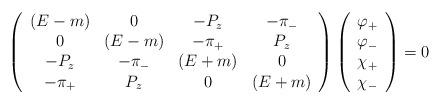
LaTeX: \begin{align*}\left( \begin{array}{cccc}(E-m) & 0 & -P_{z} & -\pi _{-} \\ 0 & (E-m) & -\pi _{+} & P_{z} \\ -P_{z} & -\pi _{-} & (E+m) & 0 \\ -\pi _{+} & P_{z} & 0 & (E+m)\end{array}\right) \left( \begin{array}{c}\varphi _{+} \\ \varphi _{-} \\ \chi _{+} \\ \chi _{-}\end{array}\right) =0 \end{align*}